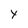
Character: Y